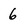
Character: 6